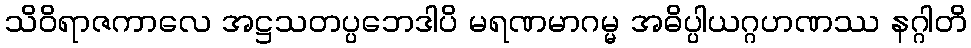
သိဝိရာဇကာလေ အဋ္ဌသတပ္ပဘေဒါပိ မရဏမာဂမ္မ အဓိပ္ပါယဂ္ဂဟဏဿ နဂ္ဂါတိ